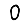
Digit: 0